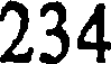
234